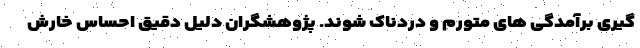
گیری برآمدگی های متورم و دردناک شوند. پژوهشگران دلیل دقیق احساس خارش